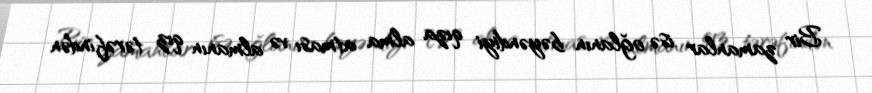
Bir zamanlar isə oğlanın bəyəndiyi qıza alma atması və almanın qız tərəfindən